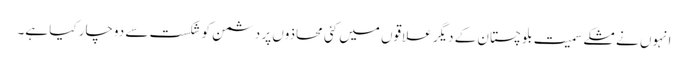
انہوں نے مشکے سمیت بلوچستان کے دیگر علاقوں میں کئی محاذوں پر دشمن کو شکست سے دوچار کیا ہے۔